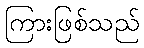
ကြားဖြစ်သည်